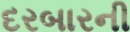
દરબારની